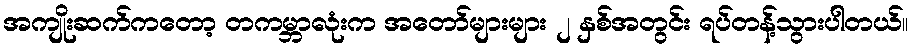
အကျိုးဆက်ကတော့ တကမ္ဘာလုံးက အတော်များများ ၂ နှစ်အတွင်း ရပ်တန့်သွားပါတယ်။